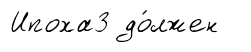
Ипоха3 до́лжен